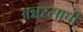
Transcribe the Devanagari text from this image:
अन्नरसाची